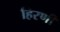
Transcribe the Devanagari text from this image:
हिरणी